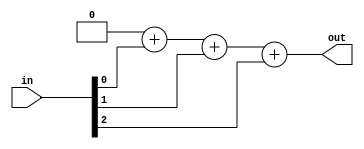
// Exercise 3-1-1-15: 3-Bit Population Count
module PopCount (
    input [2:0] in,
    output [1:0] out
);
    reg [1:0] out_r;
    assign out = out_r;

    integer i;
    always @(*) begin
        out_r = 2'd0;
        for (i = 0; i < 3; i = i + 1) begin
            out_r = out_r + in[i];
        end
    end
endmodule